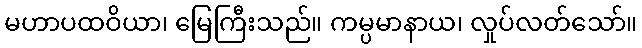
မဟာပထဝိယာ၊ မြေကြီးသည်။ ကမ္ပမာနာယ၊ လှုပ်လတ်သော်။